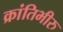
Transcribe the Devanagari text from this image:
क्रांतिभीरु